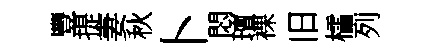
豐提妻秋卜悶璮裸旧櫺列